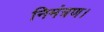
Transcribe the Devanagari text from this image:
निमंत्रण।